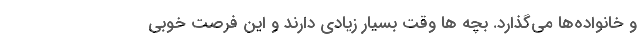
و خانواده‌ها می‌گذارد. بچه ها وقت بسیار زیادی دارند و این فرصت خوبی